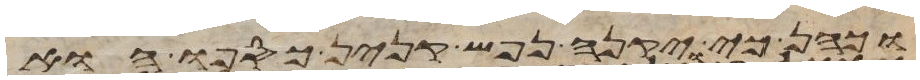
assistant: וכהן כי יקנה נפש קנין כספו הוא